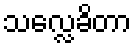
သလ္လေခိတာ